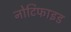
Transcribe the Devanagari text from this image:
नोटिफाइड